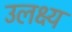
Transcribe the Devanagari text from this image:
उलक्ष्य